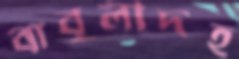
বাবুলীদহ